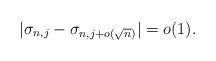
LaTeX: \begin{align*}|\sigma_{n, j} - \sigma_{n, j+o(\sqrt{n})}| = o(1). \end{align*}